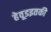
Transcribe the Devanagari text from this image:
हेवूडइतकी